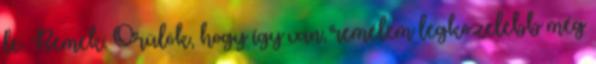
le. Remek. Örülök, hogy így van, remélem legközelebb még